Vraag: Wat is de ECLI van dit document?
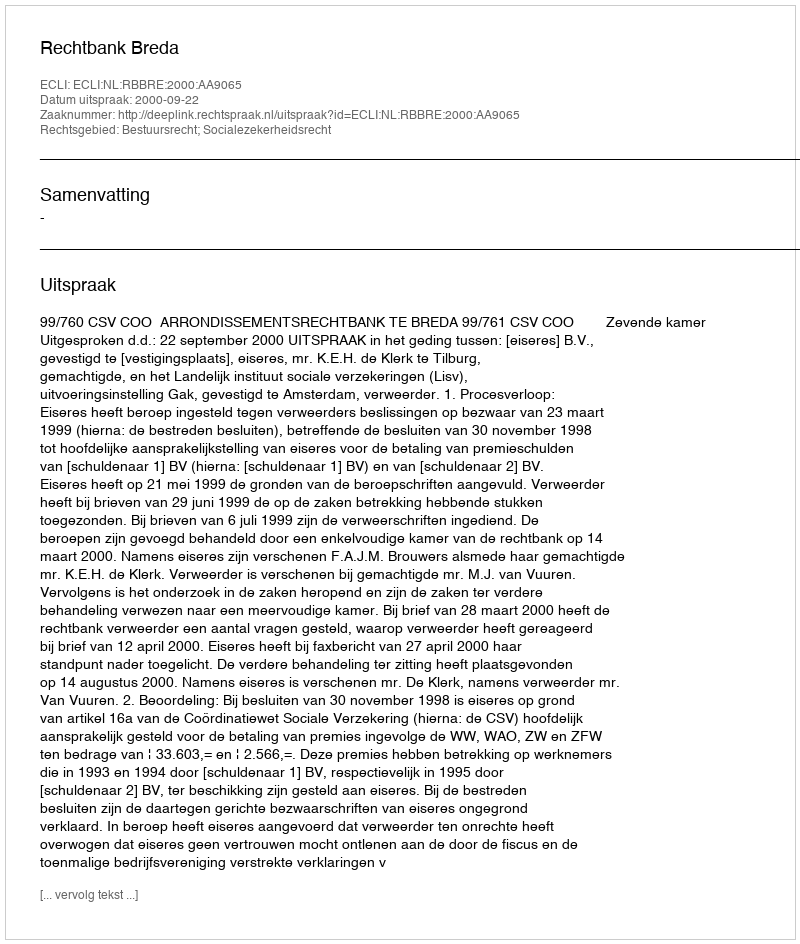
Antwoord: ECLI:NL:RBBRE:2000:AA9065